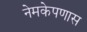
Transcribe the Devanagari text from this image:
नेमकेपणास